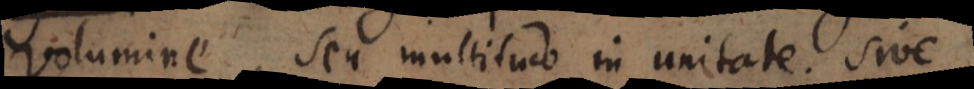
volumine, seu multitudo in unitate; sive